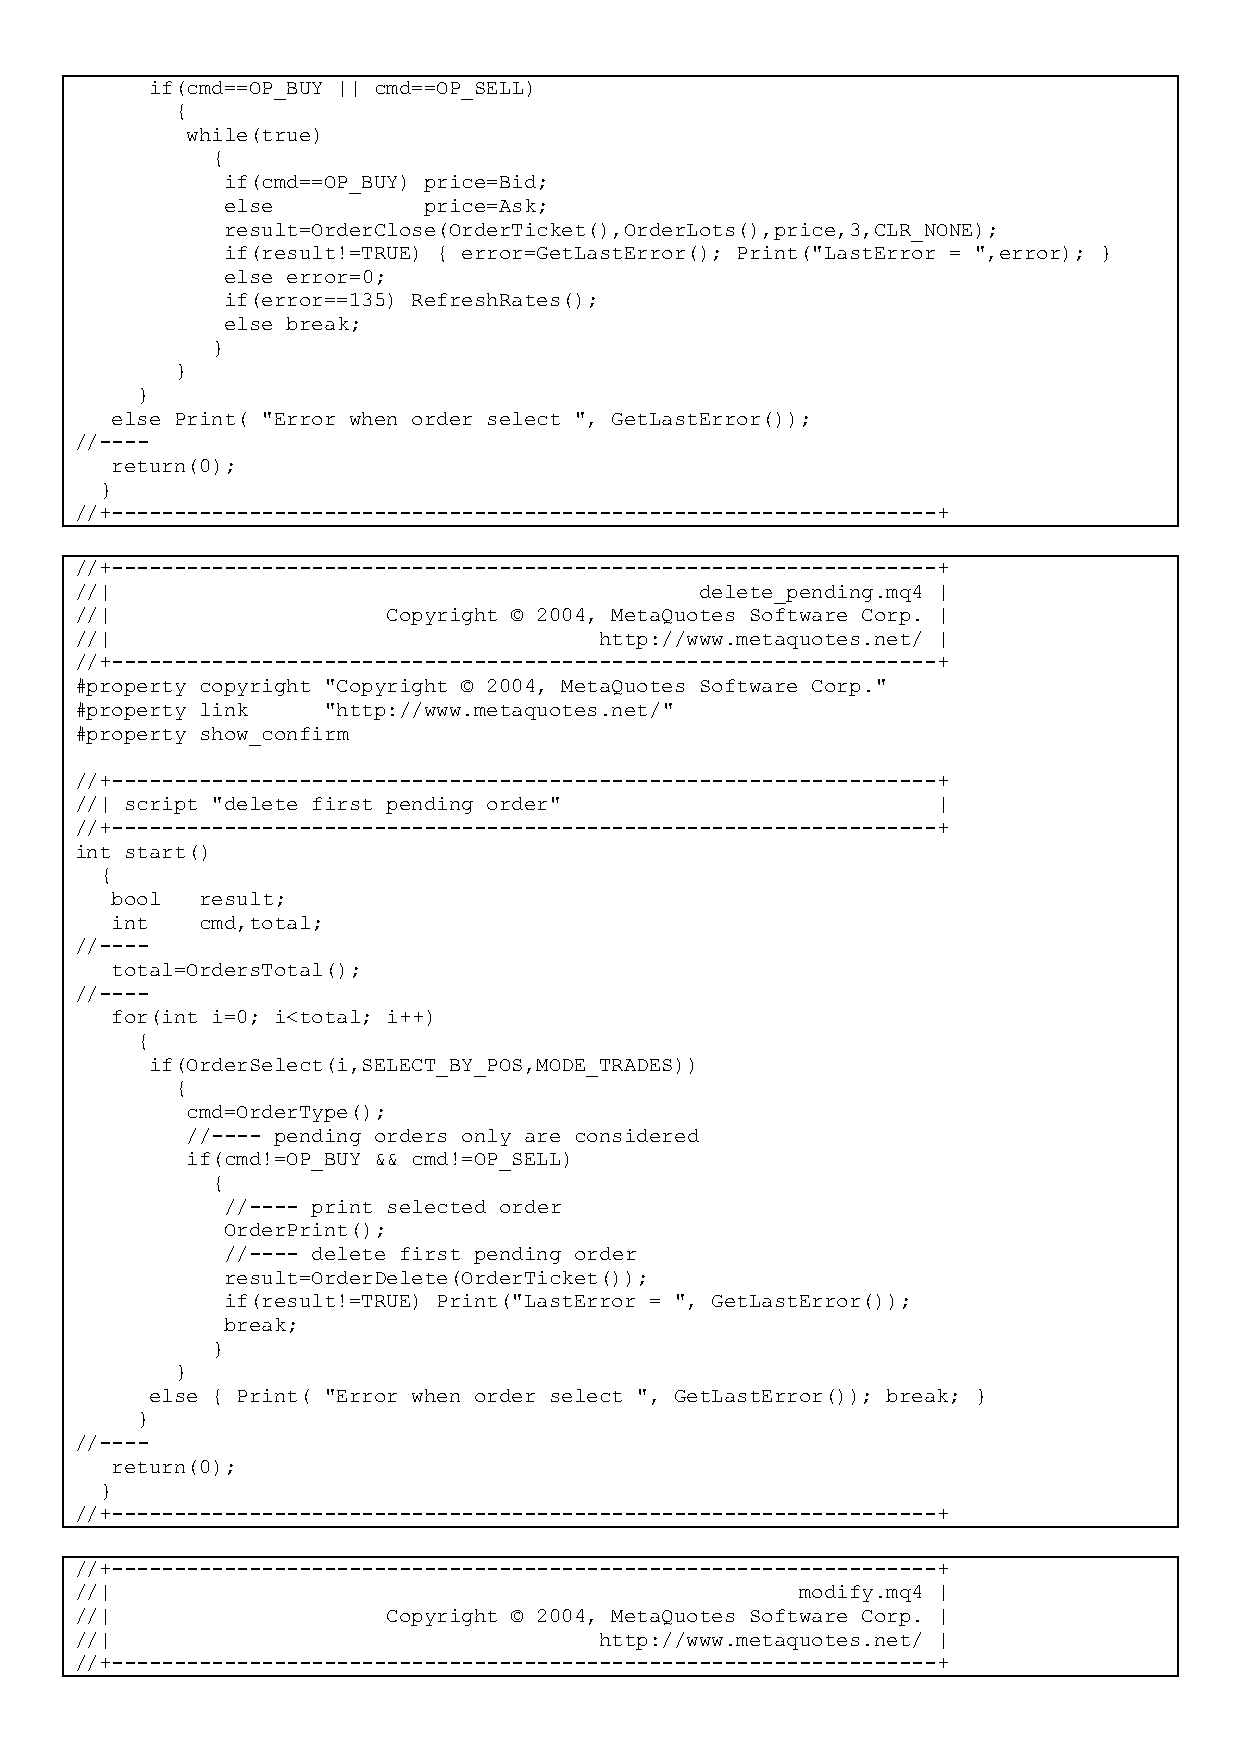
if(cmd==OP_BUY || cmd==OP_SELL)
 {
 while(true)
 {
 if(cmd==OP_BUY) price=Bid;
 else         price=Ask;
 result=OrderClose(OrderTicket(),OrderLots(),price,3,CLR_NONE);
 if(result!=TRUE) { error=GetLastError(); Print("LastError = ",error); }
 else error=0;
 if(error==135) RefreshRates();
 else break;
 }
 }
 }
 else Print( "Error when order select ", GetLastError());
 //----
 return(0);
 }
 //+------------------------------------------------------------------+
 //+------------------------------------------------------------------+
 //|                                      delete_pending.mq4 |
 //|                  Copyright © 2004, MetaQuotes Software Corp. |
 //|                                http://www.metaquotes.net/ |
 //+------------------------------------------------------------------+
 #property copyright "Copyright © 2004, MetaQuotes Software Corp."
 #property link  "http://www.metaquotes.net/"
 #property show_confirm
 //+------------------------------------------------------------------+
 //| script "delete first pending order"                  |
 //+------------------------------------------------------------------+
 int start()
 {
 bool  result;
 int   cmd,total;
 //----
 total=OrdersTotal();
 //----
 for(int i=0; i<total; i++)
 {
 if(OrderSelect(i,SELECT_BY_POS,MODE_TRADES))
 {
 cmd=OrderType();
 //---- pending orders only are considered
 if(cmd!=OP_BUY && cmd!=OP_SELL)
 {
 //---- print selected order
 OrderPrint();
 //---- delete first pending order
 result=OrderDelete(OrderTicket());
 if(result!=TRUE) Print("LastError = ", GetLastError());
 break;
 }
 }
 else { Print( "Error when order select ", GetLastError()); break; }
 }
 //----
 return(0);
 }
 //+------------------------------------------------------------------+
 //+------------------------------------------------------------------+
 //|                                             modify.mq4 |
 //|                  Copyright © 2004, MetaQuotes Software Corp. |
 //|                                http://www.metaquotes.net/ |
 //+------------------------------------------------------------------+